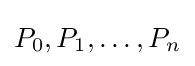
P_{0},P_{1},\ldots ,P_{n}